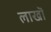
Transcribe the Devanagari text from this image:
लाखॊं